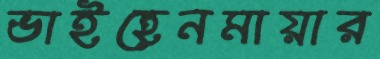
ভাইহেনমায়ার